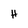
Character: H